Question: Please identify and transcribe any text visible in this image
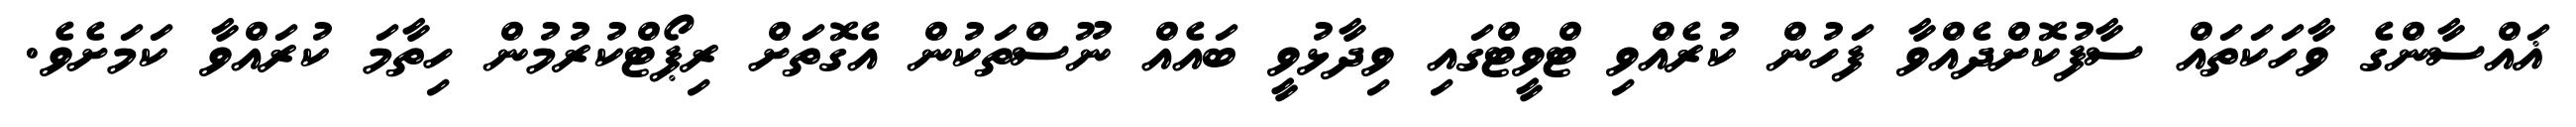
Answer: ޣައްސާންގެ ވާހަކަތައް ސާފުކޮށްދެއްވާ ފަހުން ކުރެއްވި ޓްވީޓްގައި ވިދާޅުވީ ބައެއް ނޫސްތަކުން އެގޮތަށް ރިޕޯޓްކުރުމުން ހިތާމަ ކުރައްވާ ކަމަށެވެ.